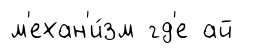
м'ехан'и́зм гд'е ай